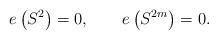
LaTeX: \begin{align*}e\left(S^2\right)=0, \qquad e\left(S^{2m}\right)=0.\end{align*}